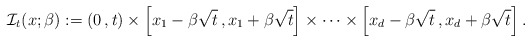
\begin{align*} \mathcal{I}_t(x;\beta):=(0\,,t)\times \left[x_1-\beta\sqrt{t}\,, x_1+\beta\sqrt t\right]\times \cdots \times \left[x_d-\beta\sqrt t\,, x_d+\beta\sqrt t\right].\end{align*}